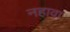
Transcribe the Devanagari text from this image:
नहावा